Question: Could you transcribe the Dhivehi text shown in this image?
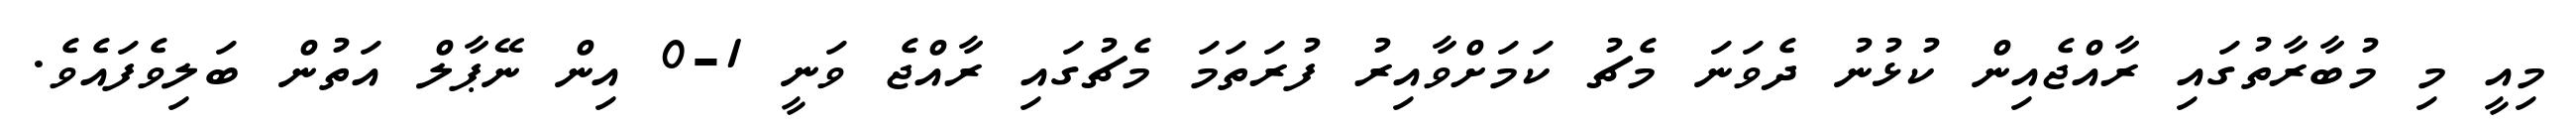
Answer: މިއީ މި މުބާރާތުގައި ރާއްޖެއިން ކުޅުނު ދެވަނަ މެޗު ކަމަށްވާއިރު ފުރަތަމަ މެޗުގައި ރާއްޖެ ވަނީ 1-0 އިން ނޭޕާލް އަތުން ބަލިވެފައެވެ.